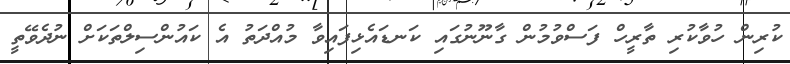
ކުރިން ހުވާކުރި ތާރީހް ފަސްވުމުން ގާނޫނުގައި ކަނޑައެޅިފައިވާ މުއްދަތު އެ ކައުންސިލްތަކަށް ނުދެވޭތީ